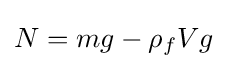
N=mg-\rho _{f}Vg